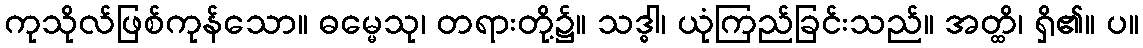
ကုသိုလ်ဖြစ်ကုန်သော။ ဓမ္မေသု၊ တရားတို့၌။ သဒ္ဓါ၊ ယုံကြည်ခြင်းသည်။ အတ္ထိ၊ ရှိ၏။ ပ။